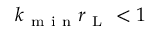
k _ { \mathrm { ~ m ~ i ~ n ~ } } r _ { \mathrm { ~ L ~ } } < 1